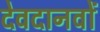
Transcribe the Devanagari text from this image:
देवदानवों